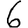
Digit: 6